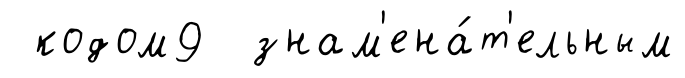
кодом9 знам'ена́т'ельным